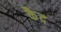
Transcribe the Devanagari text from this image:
कैेद